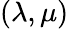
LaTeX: (\lambda,\mu)